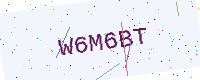
Text: W6M6BT